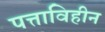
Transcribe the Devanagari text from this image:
पत्ताविहीन